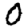
Digit: 0